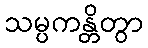
သမ္ပကန္တိတွာ